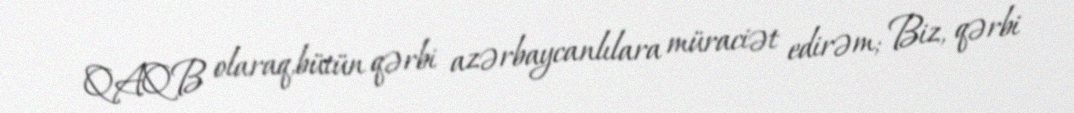
QAQB olaraq,bütün qərbi azərbaycanlılara müraciət edirəm; Biz, qərbi